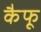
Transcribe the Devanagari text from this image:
कैफू